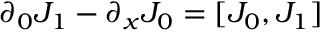
\partial _ { 0 } J _ { 1 } - \partial _ { x } J _ { 0 } = [ J _ { 0 } , J _ { 1 } ]